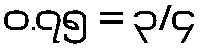
၀.၇၅ = ၃/၄